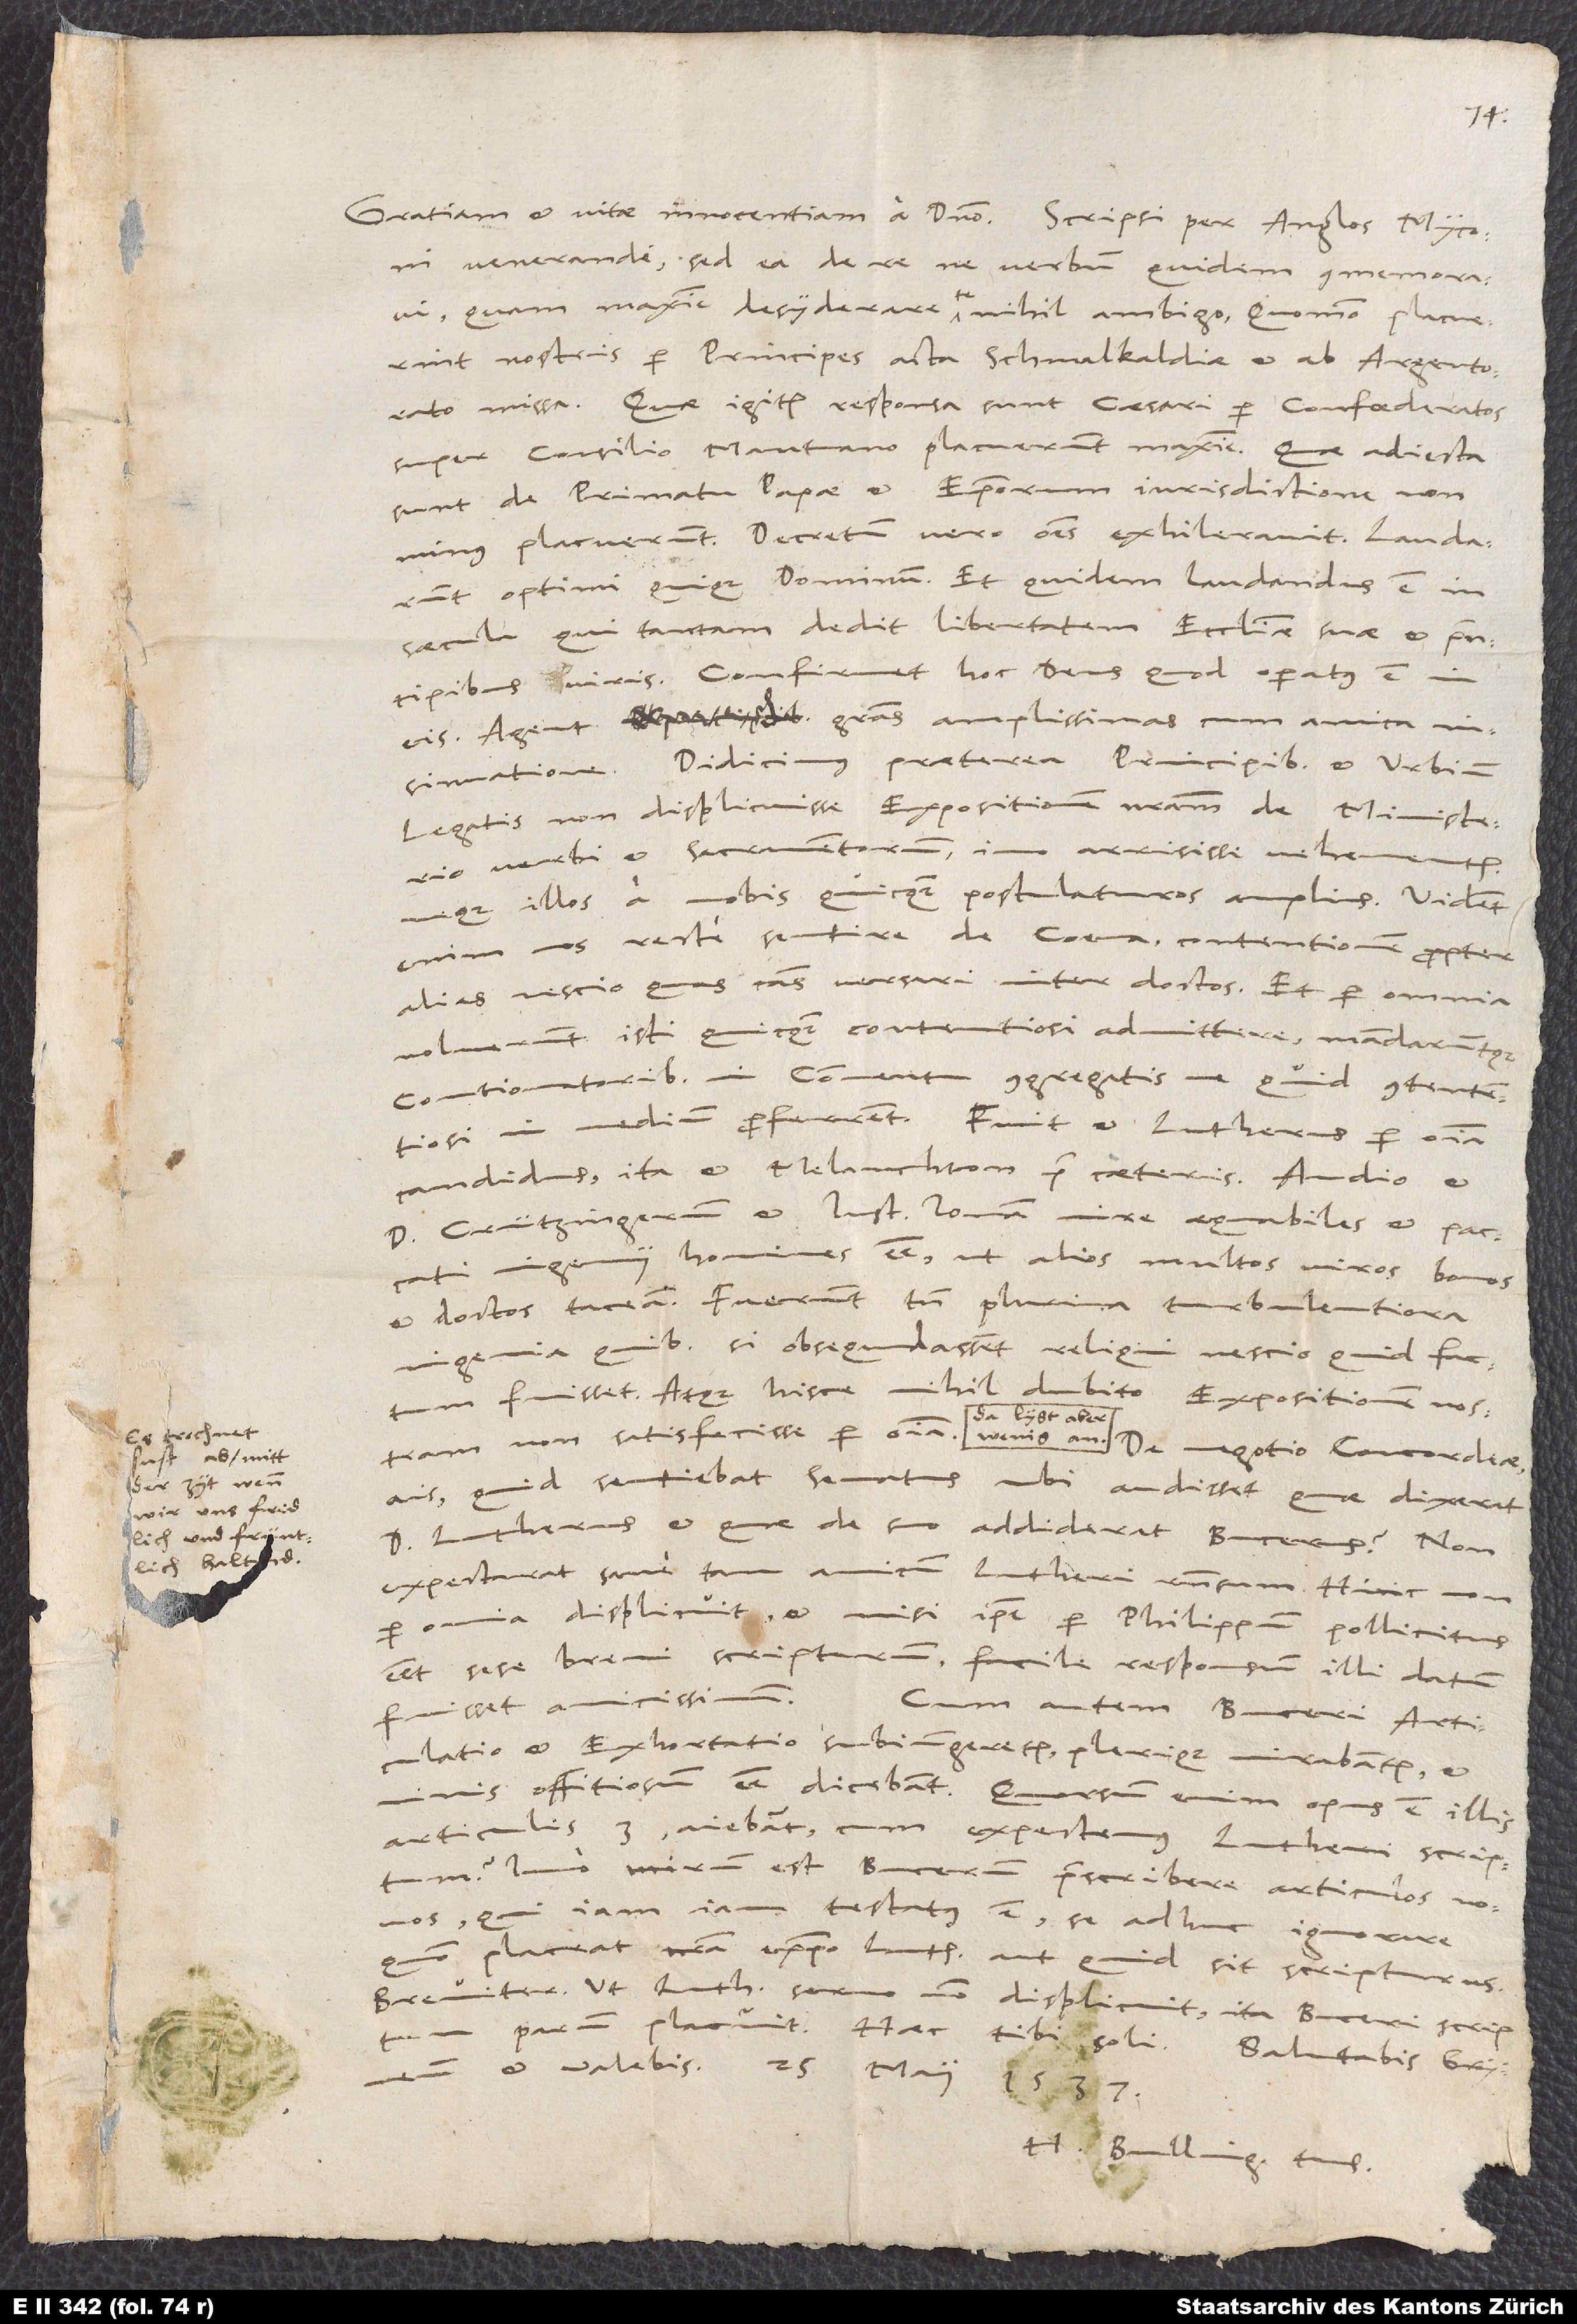
Es trochnet
sust ab mitt
der zyt, wenn
wir uns fridlich
und früntlich
haltnd.

venerande, sed ea de re ne verbum quidem commemoravi,
quam maxime desyderare te nihil ambigo, quomodo placuerint
nostris per principes acta Schmalkaldiae et ab Argentorato
missa. Quae igitur responsa sunt caesari per confoederatos
super consilio Mantuano, placuerunt maxime. Quae adiecta
sunt de primatu papae et episcoporum iurisdictione, non
minus placuerunt. Decretum vero omnes exhileravit.
optimi quique dominum. Et quidem laudandus est in
saecula, qui tantam dedit libertatem ecclesiae suae et principibus
viris. Confirmet hoc deus, quod operatus est in
eis. Agent gratias amplissimas cum amica
Didicimus praeterea principibus et urbium
legatis non displicuisse expositionem nostram de ministerio
verbi et sacramentorum, imo arrisisse vehementer,
neque illos a nobis quicquam postulaturos amplius. Vident
enim nos recte sentire de coena, contentionem propter
alias nescio quas causas versari inter doctos. Et per omnia
noluerunt isti quicquam contentiosi admittere mandaruntque
contionatoribus in conventu congregatis, ne quid contentiosi
in medium proferrent. Fuit et Lutherus per omnia
candidus, ita et Melanchton prae caeteris. Audio et
Crützingerum et lustum lonam mire aequabiles et paccati
ingenii homines esse, ut alios multos viros bonos
et doctos taceam. Fuerunt tamen plurima turbulentiora
ingenia, quibus si obsequndassent reliqui, nescio, quid factum
fuisset. Atque hisce nihil dubito expositionem nostram
Da lygt aber
"quid sentiebat senatus, ubi audisset, quae dixerat
Lutherus et quae de suo addiderat Bucerus?". Non
expectarat sane tam amicum Lutheri responsum. Hinc non
per omnia displicuit, et nisi ipse per Philippum pollicitus
esset sese brevi scripturum, facile responsum illi datum
fuisset amicissimum. Cum autem Buceri articulatio
et exhortatio subiungeretur, plerique mirabantur et
offitiosum esse dicebant. "Quorsum enim opus est illis
articulis 3", aiebant, "cum expectemus Lutheri scriptum?"
Imo mirum est Bucerum praescribere articulos novos,
qui iamiam testatus est se adhuc ignorare,
quomodo placeat nostra expositio Luthero aut quid sit scripturus.
Breviter: Ut Lutheri sermo non displicuit, ita Buceri scriptum
H. Bulling. tuus.